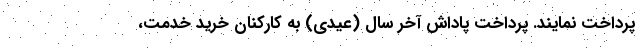
پرداخت نمایند. پرداخت پاداش آخر سال (عیدی) به کارکنان خرید خدمت،